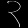
Digit: ၃